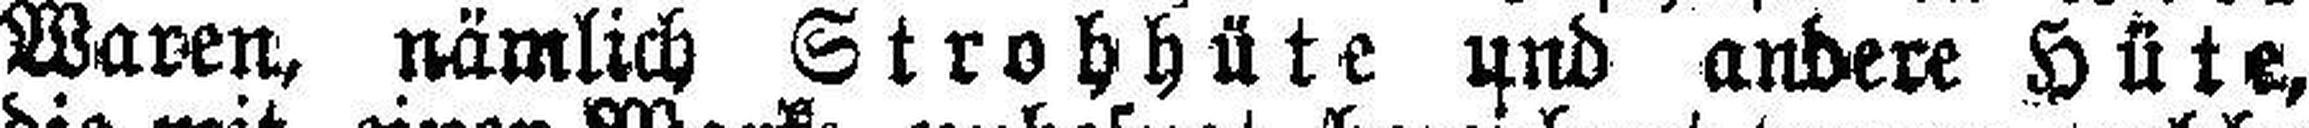
Waren, nämlich Strohhüte und andere Hüte,